Civil Veterinary Dept. Bombay admin report 1893-99 - 1893-1899
Year: 1893
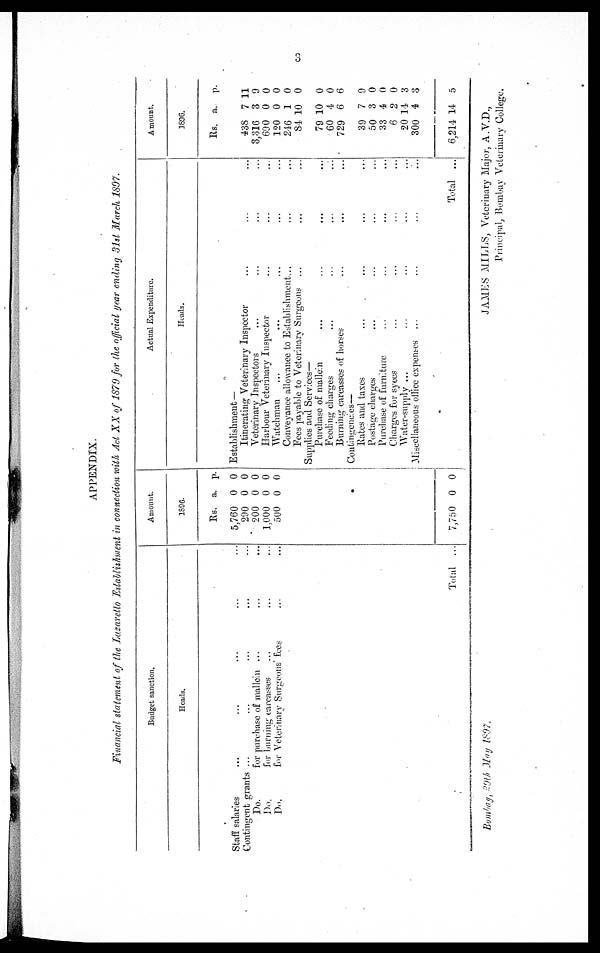
3
APPENDIX.
Financial statement of the Lazaretto Establishment in connection with Act XX of 1879 for the official year ending 31st March 1897.
Budget sanction.
Heads.
Staff salaries ... ... ... ...
Contingent grants ... ... ... ... ...
Do.
for purchase of mallcin ... ... ...
Do.
for burning carcasses ... ... ...
Do.
for Veterinary Surgeons' fees ... ...
Total ...
Amount.
1896.
Rs.
5,760
290
200
1,000
500
7,750
a.
0
0
0
0
0
0
p.
0
0
0
0
0
0
Actual Expenditure.
Heads.
Establishment-
Itinerating Veterinary Inspector ... ... ...
Veterinary Inspectors ... ... ... ...
Harbour Veterinary Inspector ... ... ...
Watchman ... ... ... ... ...
Conveyance allowance to Establishment... ... ...
Fees payable to Veterinary Surgeons ... ... ...
Supplies and Services—
Purchase of mallein ... ... ... ...
Feeding charges ... ... ... ...
Burning carcasses of horses ... ... ...
Contingencies—
Rates and taxes ... ... ... ...
Postage charges ... ... ... ...
Purchase of furniture
...
...
...
...
Charges for syces ... ... ... ...
Water-supply ... ... ... ... ...
Miscellaneous office expenses ... ... ... ...
Total ...
Amount.
1896.
Rs. a. p.
438
3,316
690
120
246
84
7
3
0
0
1
10
11
9
0
0
0
0
79
60
729
10
4
6
0
0
6
39
50
33
6
20
300
6,214
7
3
4
2
14
4
14
9
0
0
0
3
3
5
Bombay, 29th May 1897.
JAMES MILLS, Veterinary Major, A.V.D.,
Principal, Bombay Veterinary College.